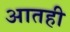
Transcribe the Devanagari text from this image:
आतही